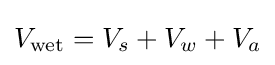
V_{\text{wet}}=V_{s}+V_{w}+V_{a}